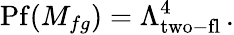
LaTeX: \mathrm{Pf}(M_{fg})=\Lambda_{\mathrm{two-fl}}^{4}\, .